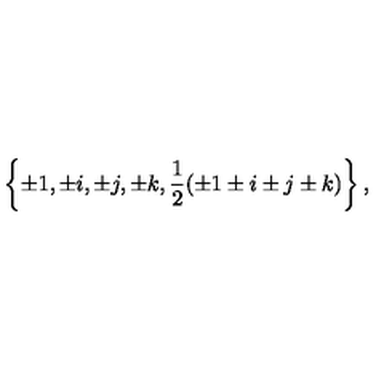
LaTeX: \left\{ \pm 1 , \pm i , \pm j , \pm k , \frac { 1 } { 2 } ( \pm 1 \pm i \pm j \pm k ) \right\} ,